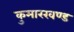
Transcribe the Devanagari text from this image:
कुमारखण्ड